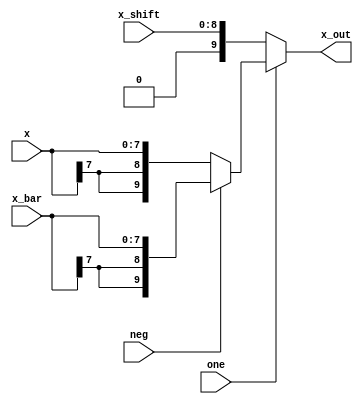
module selector # (
    parameter WIDTH = 8
)(
    input one, neg,
    input [WIDTH-1:0] x, x_bar,
    input [WIDTH:0] x_shift,
    output [WIDTH+1:0] x_out
);

    wire [WIDTH+1:0] extended_x = $signed(x);
    wire [WIDTH+1:0] extended_x_bar = $signed(x_bar);
    
    assign x_out = one ? (neg ? extended_x_bar : extended_x) : x_shift;
    
endmodule